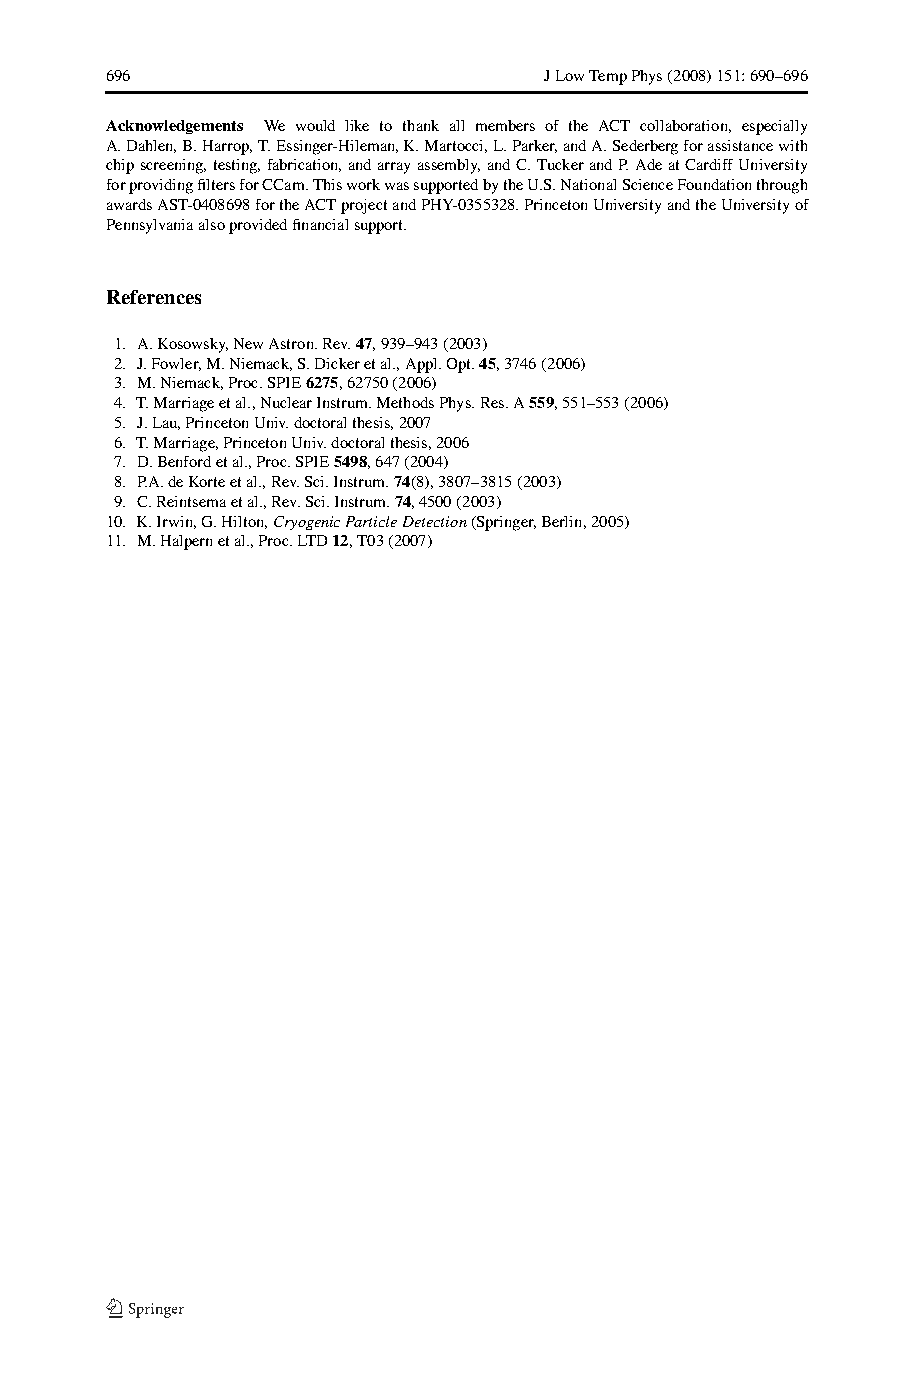
696                          JLowTempPhys(2008)151:690–696
 Acknowledgements We would like to thank all members of the ACT collaboration, especially
 A.Dahlen,B.Harrop,T.Essinger-Hileman,K.Martocci,L.Parker,andA.Sederbergforassistancewith
 chipscreening,testing,fabrication,andarrayassembly,andC.TuckerandP.AdeatCardiffUniversity
 forprovidingfiltersforCCam.ThisworkwassupportedbytheU.S.NationalScienceFoundationthrough
 awardsAST-0408698fortheACTprojectandPHY-0355328.PrincetonUniversityandtheUniversityof
 Pennsylvaniaalsoprovidedfinancialsupport.
 References
 1. A.Kosowsky,NewAstron.Rev.47,939–943(2003)
 2. J.Fowler,M.Niemack,S.Dickeretal.,Appl.Opt.45,3746(2006)
 3. M.Niemack,Proc.SPIE6275,62750(2006)
 4. T.Marriageetal.,NuclearInstrum.MethodsPhys.Res.A559,551–553(2006)
 5. J.Lau,PrincetonUniv.doctoralthesis,2007
 6. T.Marriage,PrincetonUniv.doctoralthesis,2006
 7. D.Benfordetal.,Proc.SPIE5498,647(2004)
 8. P.A.deKorteetal.,Rev.Sci.Instrum.74(8),3807–3815(2003)
 9. C.Reintsemaetal.,Rev.Sci.Instrum.74,4500(2003)
 10. K.Irwin,G.Hilton,CryogenicParticleDetection(Springer,Berlin,2005)
 11. M.Halpernetal.,Proc.LTD12,T03(2007)